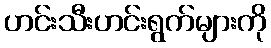
ဟင်းသီးဟင်းရွက်များကို